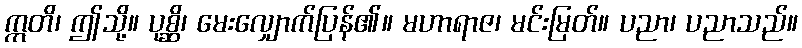
ဣတိ၊ ဤသို့။ ပုစ္ဆိ၊ မေးလျှောက်ပြန်၏။ မဟာရာဇ၊ မင်းမြတ်။ ပညာ၊ ပညာသည်။